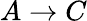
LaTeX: A\rightarrow C